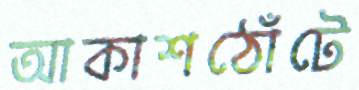
আকাশঠোঁটে